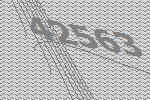
42563